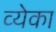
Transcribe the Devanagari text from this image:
व्येका